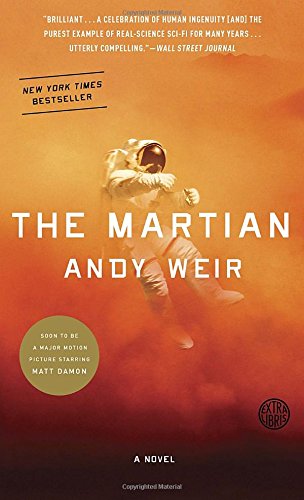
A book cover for The Martian; Andy Weir; Mystery, Thriller & Suspense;